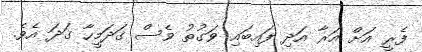
ފެރީ އަށް އަރާ އަދި ފައިބައި ވަގުތު ވެސް ގަދަމީހާ ގަދަ އެވެ.